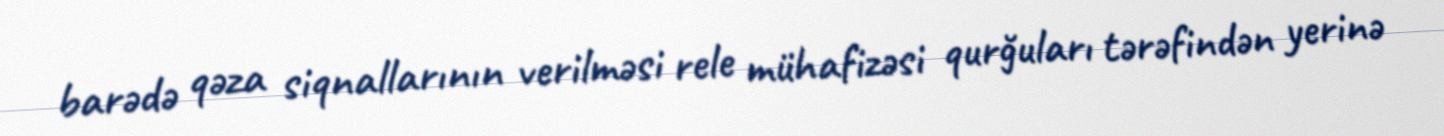
barədə qəza siqnallarının verilməsi rele mühafizəsi qurğuları tərəfindən yerinə